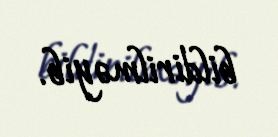
bildirilməyib.